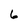
Character: 6